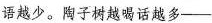
语越少。陶子树越喝话越多——